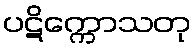
ပဋိက္ကောသတု